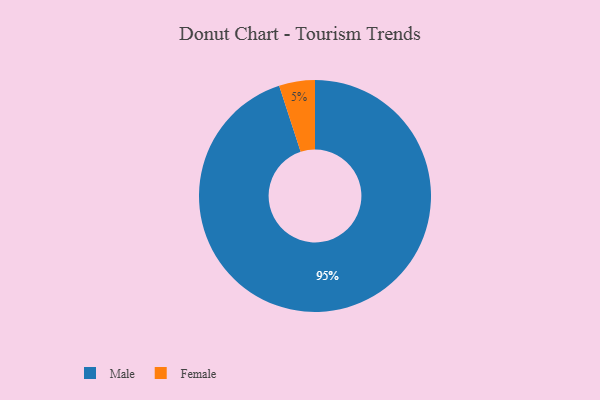
{"axis": {"x": "Category", "y": "Percentage"}, "legend": ["Female", "Male"], "data": [{"x": "Female", "y": 5, "type": "Female"}, {"x": "Male", "y": 95, "type": "Male"}]}